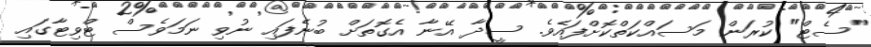
"ސެޓް" ކުރަން މަސައްކަތްކޮށްފައެވެ. ސީދާ އޭނާ އެގޮތަށް ބުނެފައި ނުވި ނަމަވެސް ޓްވިޓާގައި